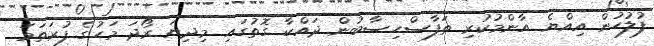
ފުލުހުން އިއްޔެ އާންމުކުރި ތަފާސްހިސާބުން ދައްކާ ގޮތުގައި މިދިޔަ ރޯދަ މަހުގެ ފުރަތަމަ